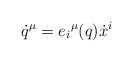
\begin{align*}\dot q ^\mu=e_i{}^ \mu(q) \dot x^i\end{align*}